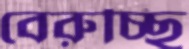
বেরুচ্ছি